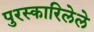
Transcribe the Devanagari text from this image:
पुरस्कारिलेले